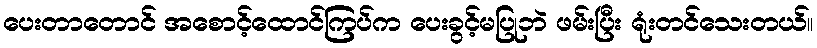
ပေးတာတောင် အစောင့်ထောင်ကြပ်က ပေးခွင့်မပြုဘဲ ဖမ်းပြီး ရုံးတင်သေးတယ်။